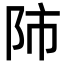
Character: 𨸲